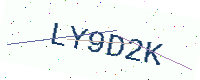
Text: LY9D2K